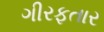
ગીરફતાર